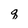
Character: q